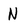
Character: N